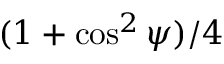
( 1 + \cos ^ { 2 } \psi ) / 4